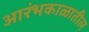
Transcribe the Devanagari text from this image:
आरंभकाळातील